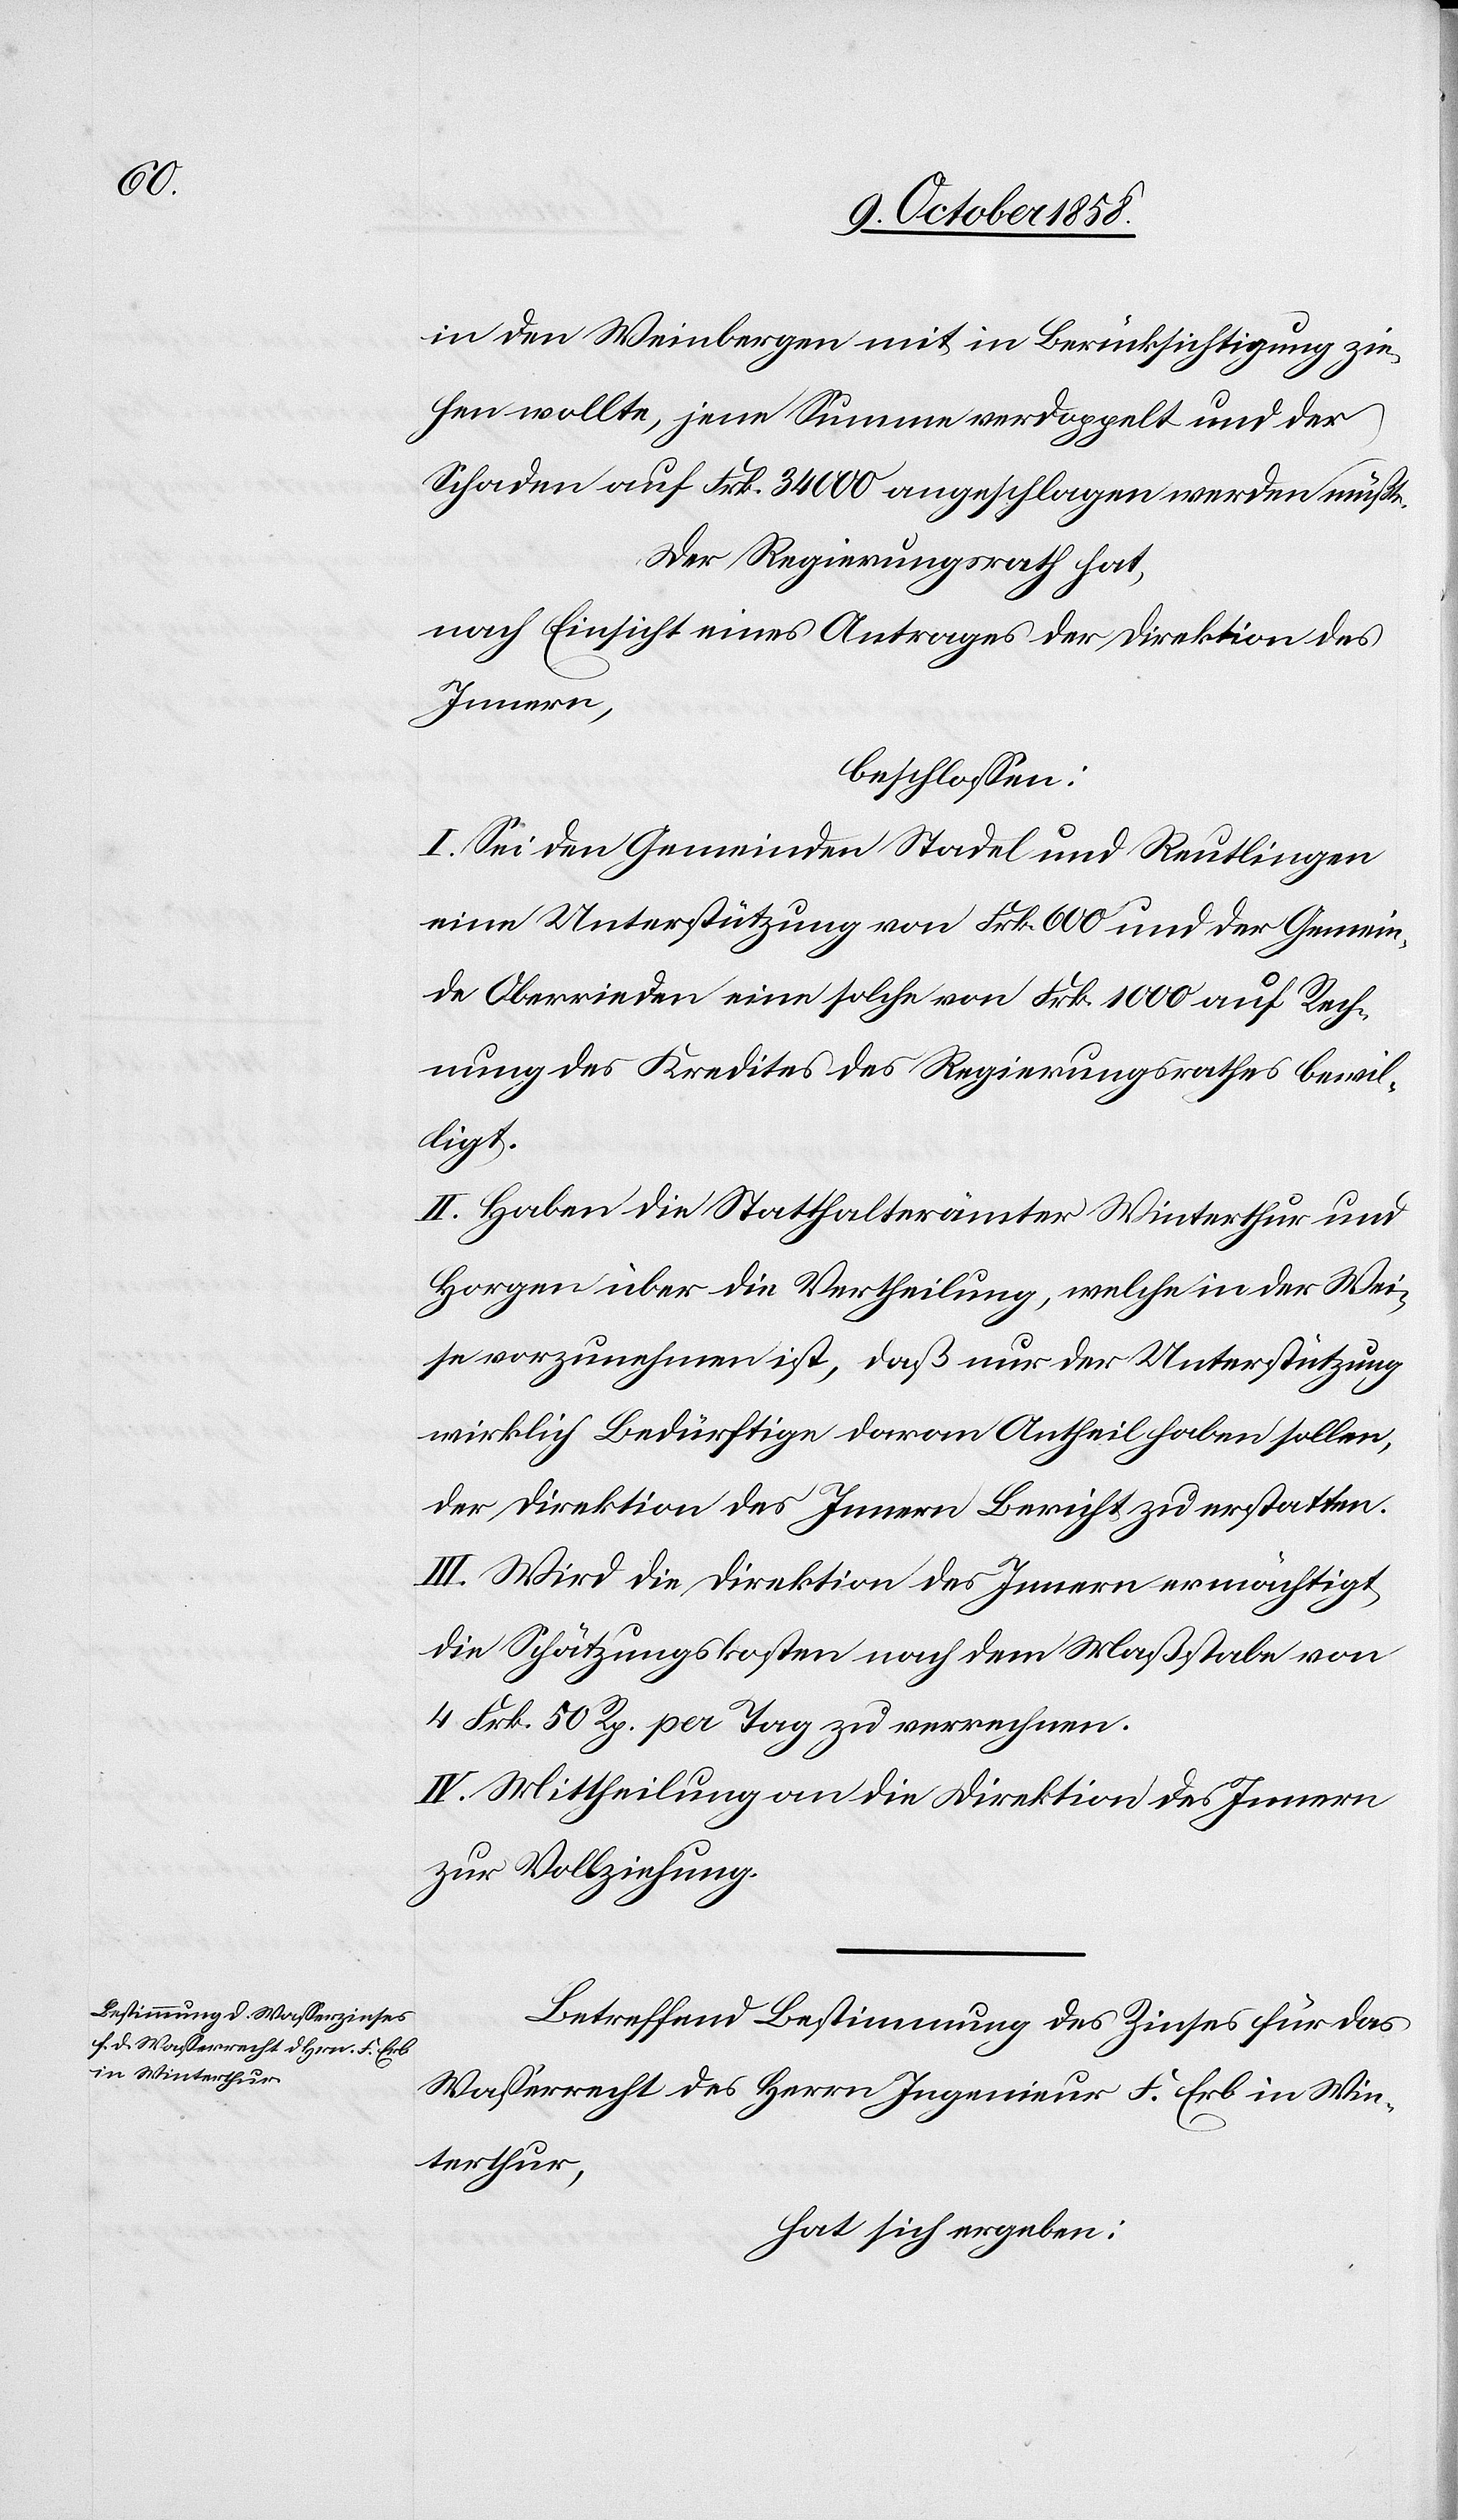
in den Weinbergen mit in Berücksichtigung zie¬
hen wollte, jene Summe verdoppelt und der
Schaden auf Frk. 34 000 angeschlagen werden müßte.
Der Regierungsrath hat,
nach Einsicht eines Antrages der Direktion des
Innern,
beschlossen:
I. Sei den Gemeinden Stadel und Reutlingen
eine Unterstützung von Frk. 600 und der Gemein¬
de Oberrieden eine solche von Frk. 1000 auf Rech¬
nung des Kredites des Regierungsrathes bewil¬
ligt.
II. Haben die Statthalterämter Winterthur und
Horgen über die Vertheilung, welche in der Wei¬
se vorzunehmen ist, daß nur der Unterstützung
wirklich Bedürftige daran Antheil haben sollen,
der Direktion des Innern Bericht zu erstatten.
III. Wird die Direktion des Innern ermächtigt,
die Schätzungskosten nach dem Maßstabe von
4 Frk. 50 Rp. per Tag zu verrechnen.
IV. Mittheilung an die Direktion des Innern
zur Vollziehung.
Betreffend Bestimmung des Zinses für das
Wasserrecht des Herrn Ingenieur F. Erb in Win¬
terthur,
hat sich ergeben: